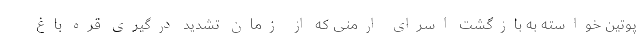
پوتین خواسته به بازگشت اسرای ارمنی که از زمان تشدید درگیری قره باغ